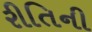
રીતિની